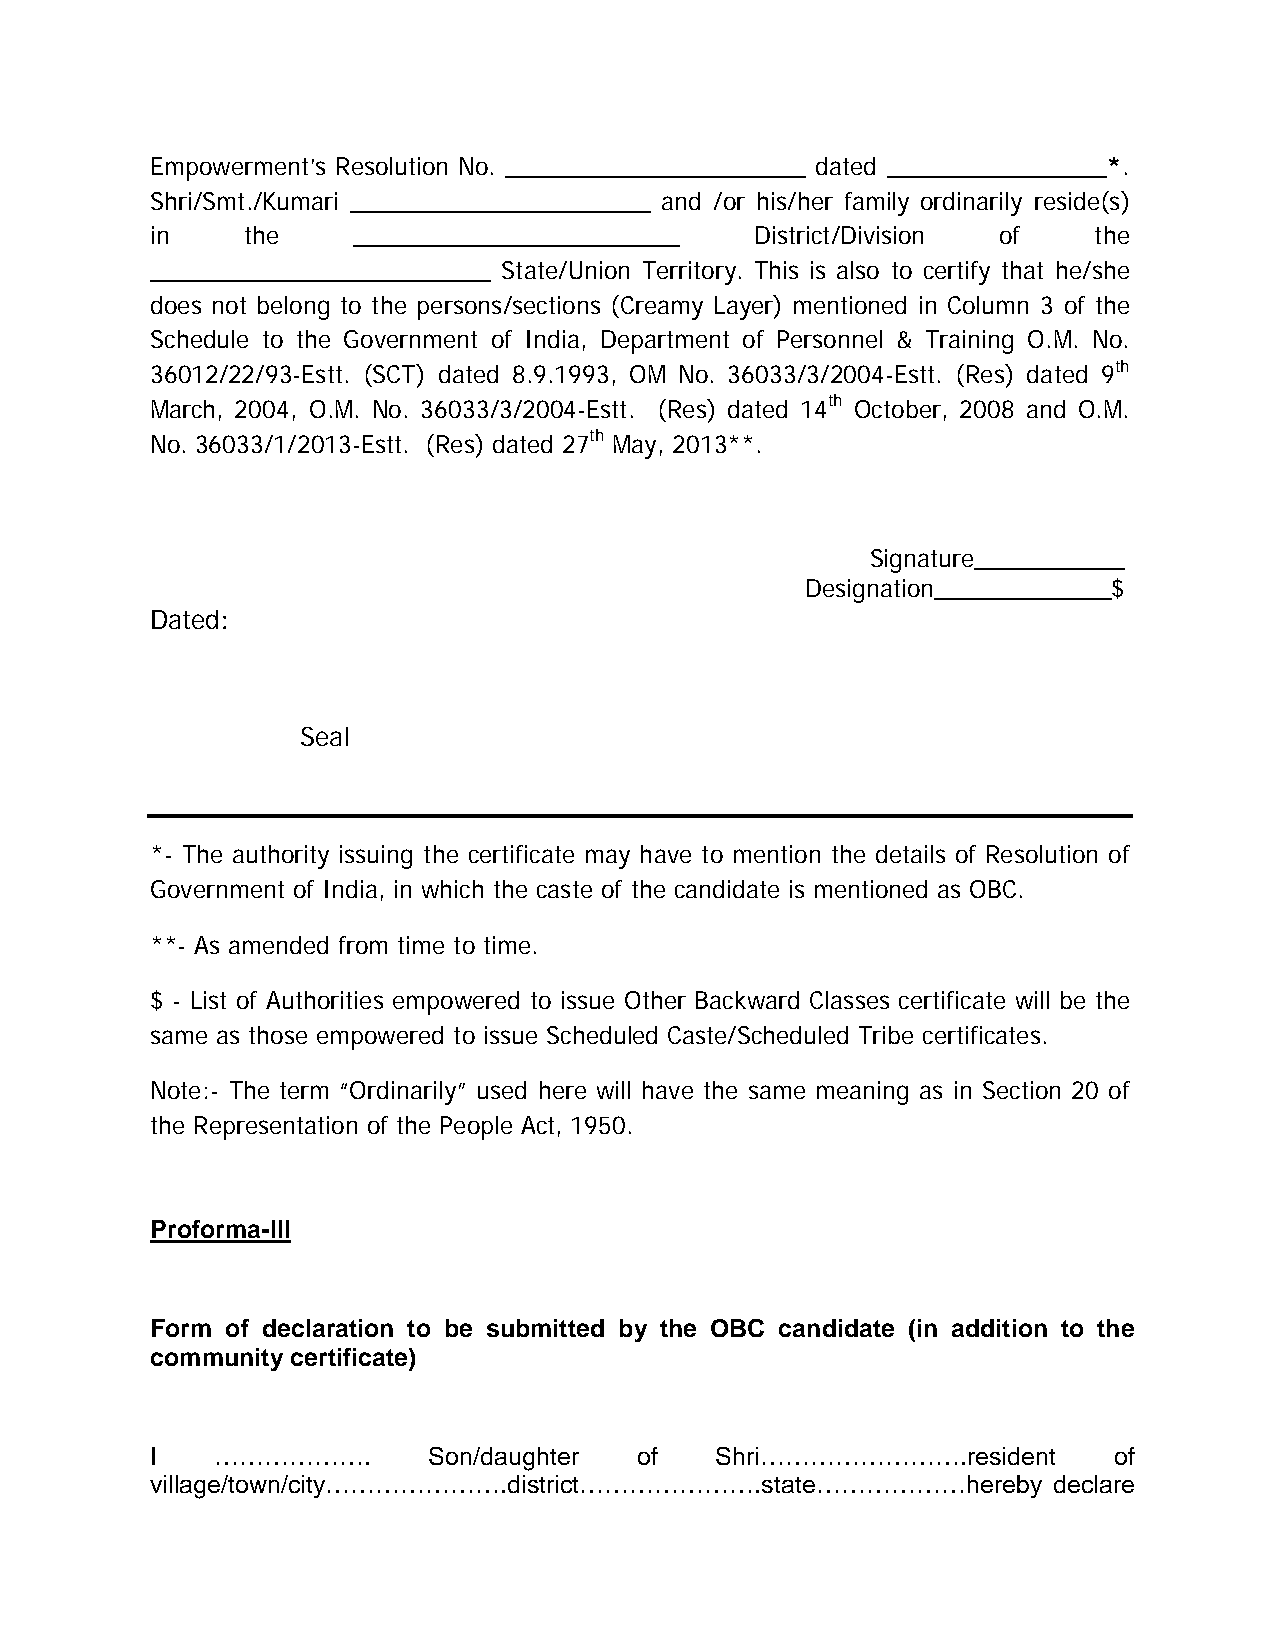
Empowerment’s Resolution No. ______________________ dated ________________*.
 Shri/Smt./Kumari ______________________ and /or his/her family ordinarily reside(s)
 in    the    ________________________   District/Division of  the
 _________________________ State/Union Territory. This is also to certify that he/she
 does not belong to the persons/sections (Creamy Layer) mentioned in Column 3 of the
 Schedule to the Government of India, Department of Personnel & Training O.M. No.
 36012/22/93-Estt. (SCT) dated 8.9.1993, OM No. 36033/3/2004-Estt. (Res) dated 9th
 March, 2004, O.M. No. 36033/3/2004-Estt. (Res) dated 14th October, 2008 and O.M.
 No. 36033/1/2013-Estt. (Res) dated 27th May, 2013**.
 Signature___________
 Designation_____________$
 Dated:
 Seal
 *- The authority issuing the certificate may have to mention the details of Resolution of
 Government of India, in which the caste of the candidate is mentioned as OBC.
 **- As amended from time to time.
 $ - List of Authorities empowered to issue Other Backward Classes certificate will be the
 same as those empowered to issue Scheduled Caste/Scheduled Tribe certificates.
 Note:- The term “Ordinarily” used here will have the same meaning as in Section 20 of
 the Representation of the People Act, 1950.
 Proforma-III
 Form of declaration to be submitted by the OBC candidate (in addition to the
 community certificate)
 I   ……………….       Son/daughter  of   Shri…………………….resident      of
 village/town/city………………….district………………….state………………hereby  declare